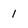
Character: 1